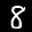
Label: 8